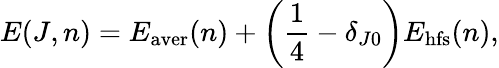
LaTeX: E(J,n)=E_{\mathrm{aver}}(n)+\left({\frac{1}{4}}-\delta_{J0}\right)E_{\mathrm{hfs}}(n),